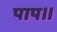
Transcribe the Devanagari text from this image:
पाप।।